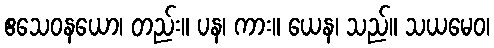
ဧသေဝနယော၊ တည်း။ ပန၊ ကား။ ယေန၊ သည်။ သယမေဝ၊